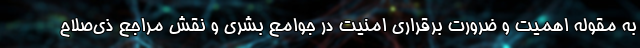
به مقوله اهمیت و ضرورت برقراری امنیت در جوامع بشری و نقش مراجع ذی‌صلاح